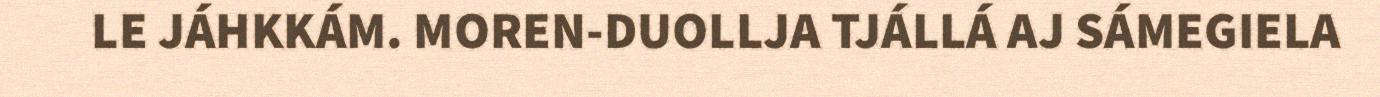
LE JÁHKKÁM. MOREN-DUOLLJA TJÁLLÁ AJ SÁMEGIELA